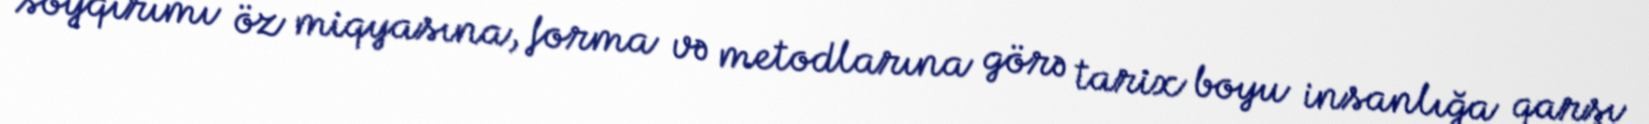
soyqırımı öz miqyasına, forma və metodlarına görə tarix boyu insanlığa qarşı